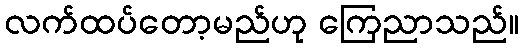
လက်ထပ်တော့မည်ဟု ကြေညာသည်။